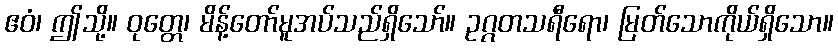
ဧဝံ၊ ဤသို့။ ဝုတ္တေ၊ မိန့်တော်မူအပ်သည်ရှိသော်။ ဥဂ္ဂတသရီရော၊ မြတ်သောကိုယ်ရှိသော။